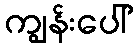
ကျွန်းပေါ်